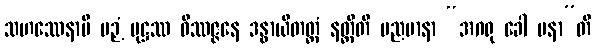
သဟဿေနာပိ ပဉှံ ပုဋ္ဌဿ ဝိဿဇ္ဇနေ ဒန္ဓာယိတတ္တံ နတ္ထီတိ မညမာနာ “အဂရု ခေါ ပနာ”တိ